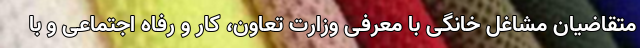
متقاضیان مشاغل خانگی با معرفی وزارت تعاون، کار و رفاه اجتماعی و با